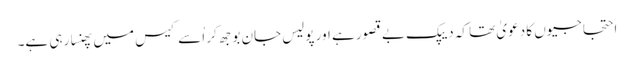
احتجاجیوں کا دعویٰ تھا کہ دیپک بے قصور ہے اور پولیس جان بوجھ کر اُسے کیس میں پھنسا رہی ہے۔